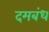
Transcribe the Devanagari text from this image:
दमबंध